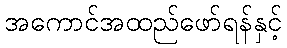
အကောင်အထည်ဖော်ရန်နှင့်